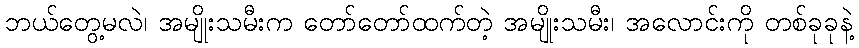
ဘယ်တွေ့မလဲ၊ အမျိုးသမီးက တော်တော်ထက်တဲ့ အမျိုးသမီး၊ အလောင်းကို တစ်ခုခုနဲ့